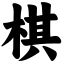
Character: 棋